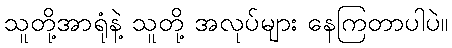
သူတို့အာရုံနဲ့ သူတို့ အလုပ်များ နေကြတာပါပဲ။